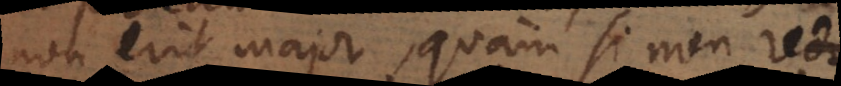
non erit major, quam si non